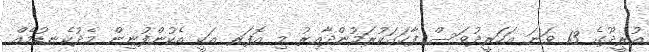
އުރީދޫގެ 13 ވަނަ އަހަރީދުވަސް ފާހަގަކުރަމުންދާއިރު މި އޮފަރ އަކީ އެކުންފުނިން މެދުކެނޑުމެއް